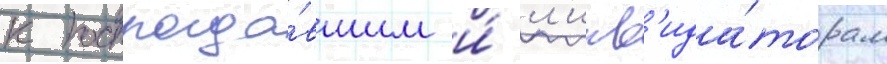
к пострада́вшим и́ л'икв'ида́торам